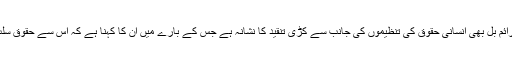
نیا سائبر کرائم بل بھی انسانی حقوق کی تنظیموں کی جانب سے کڑی تنقید کا نشانہ ہے جس کے بارے میں ان کا کہنا ہے کہ اس سے حقوق سلب ہوں گے۔